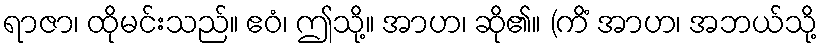
ရာဇာ၊ ထိုမင်းသည်။ ဧဝံ၊ ဤသို့။ အာဟ၊ ဆို၏။ (ကိံ အာဟ၊ အဘယ်သို့